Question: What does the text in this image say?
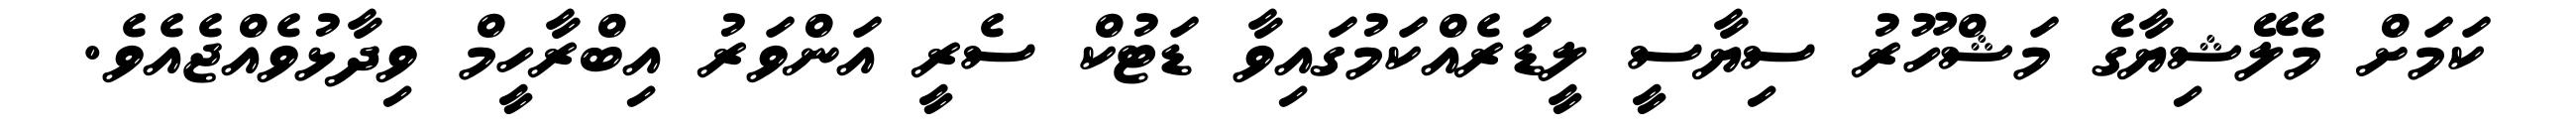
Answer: ކަމަށް މެލޭޝިޔާގެ މަޝްހޫރު ސިޔާސީ ލީޑަރެއްކަމުގައިވާ ޑަޓުކް ސެރީ އަންވަރު އިބްރާހީމް ވިދާޅުވެއްޖެއެވެ.